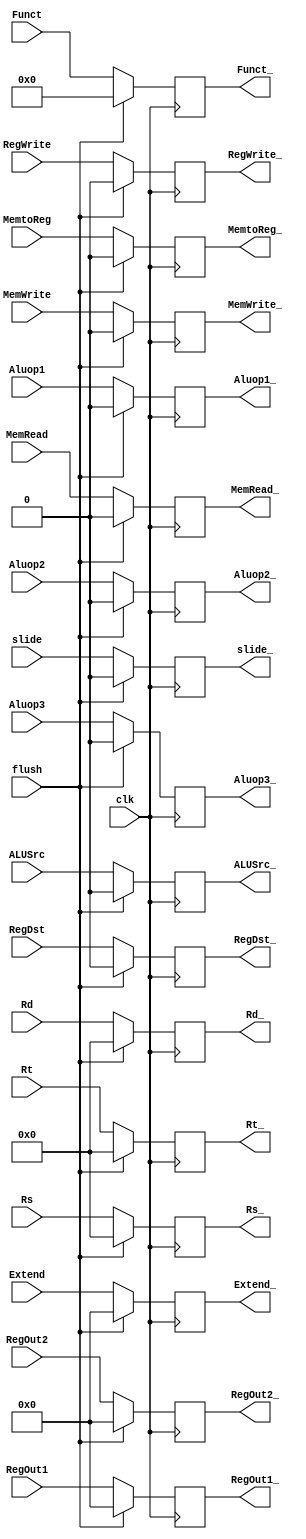
module IDEX(clk, flush, RegDst, slide, ALUSrc, MemtoReg, RegWrite, MemRead, MemWrite, Aluop1, Aluop2, Aluop3, RegOut1, RegOut2, Rs, Rt, Rd, Extend, Funct, 
RegDst_, slide_, ALUSrc_, MemtoReg_, RegWrite_, MemRead_, MemWrite_, Aluop1_, Aluop2_, Aluop3_, RegOut1_, RegOut2_, Rs_, Rt_, Rd_, Extend_, Funct_);

input clk, flush, RegDst, slide, ALUSrc, MemtoReg, RegWrite, MemRead, MemWrite, Aluop1, Aluop2, Aluop3;
input [31:0] RegOut1, RegOut2, Extend;
input [4:0] Rs, Rt, Rd;
input [5:0] Funct;
output reg RegDst_, slide_, ALUSrc_, MemtoReg_, RegWrite_, MemRead_, MemWrite_, Aluop1_, Aluop2_, Aluop3_;
output reg [31:0] RegOut1_, RegOut2_, Extend_;
output reg [4:0]  Rs_, Rt_, Rd_;
output reg [5:0] Funct_;

always@(posedge clk) begin
    if(flush) begin
        RegDst_ = 0;
        slide_ = 0;
        ALUSrc_ = 0;
        MemtoReg_ = 0;
        RegWrite_ = 0;
        MemRead_ = 0;
        MemWrite_ = 0;
        Aluop1_ = 0;
        Aluop2_ = 0;
        Aluop3_ = 0;
        RegOut1_ = 0;
        RegOut2_ = 0;
        Extend_ = 0;
        Rs_ = 0;
        Rt_ = 0;
        Rd_ = 0;
        Funct_ = 0;
    end
    else begin
        RegDst_ = RegDst;
        slide_ = slide;
        ALUSrc_ = ALUSrc;
        MemtoReg_ = MemtoReg;
        RegWrite_ = RegWrite;
        MemRead_ = MemRead;
        MemWrite_ = MemWrite;
        Aluop1_ = Aluop1;
        Aluop2_ = Aluop2;
        Aluop3_ = Aluop3;
        RegOut1_ = RegOut1;
        RegOut2_ = RegOut2;
        Extend_ = Extend;
        Rs_ = Rs;
        Rt_ = Rt;
        Rd_ = Rd;
        Funct_ = Funct;
    end
end
endmodule